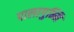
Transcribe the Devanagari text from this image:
पालागुम्मि